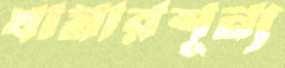
খামারশূন্য